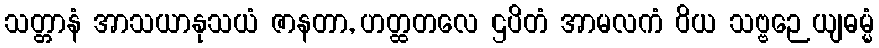
သတ္တာနံ အာသယာနုသယံ ဇာနတာ, ဟတ္ထတလေ ဌပိတံ အာမလကံ ဝိယ သဗ္ဗဉေယျဓမ္မံ